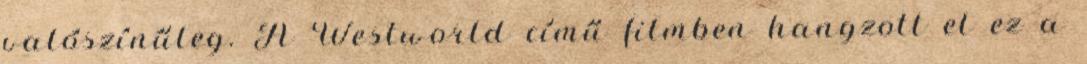
valószínűleg. A Westworld című filmben hangzott el ez a